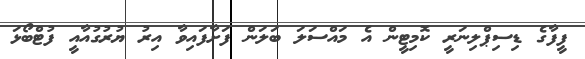
ފީފާގެ ޑިސިޕްލިނަރީ ކޮމިޓީން އެ މައްސަލަ ބަލަން ފަށާފައިވާ އިރު ޔުރުގުއާއީ ފުޓްބޯޅަ